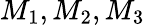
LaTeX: M_{1},M_{2},M_{3}